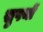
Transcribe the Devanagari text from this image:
सुपथों